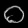
Digit: ၀